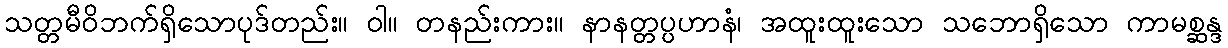
သတ္တမီဝိဘက်ရှိသောပုဒ်တည်း။ ဝါ။ တနည်းကား။ နာနတ္တပ္ပဟာနံ၊ အထူးထူးသော သဘောရှိသော ကာမစ္ဆန္ဒ